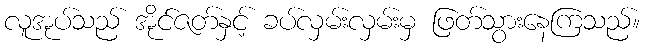
လူအုပ်သည် အိုင်ဇတ်နှင့် ခပ်လှမ်းလှမ်းမှ ဖြတ်သွားနေကြသည်။